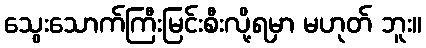
သွေးသောက်ကြီးမြင်းစီးလို့ရမှာ မဟုတ် ဘူး။